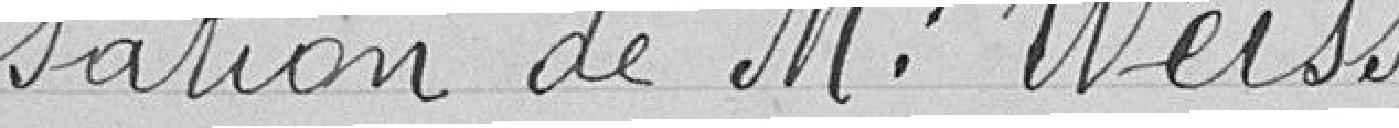
sation de M.Weiss